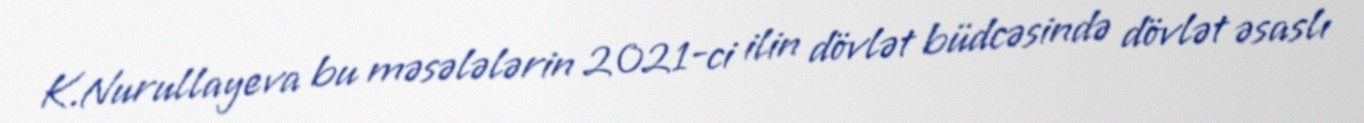
K.Nurullayeva bu məsələlərin 2021-ci ilin dövlət büdcəsində dövlət əsaslı